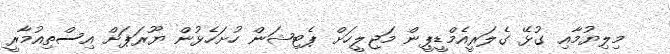
މިލިޔުމާއި ގުޅޭ ގެލަރީއެމްޑީޕީން މަޖިލީހަށް ޕެޓިޝަން ހުށަހެޅުން ޔޫރަޕަށް އިސްތިއުމާރީ